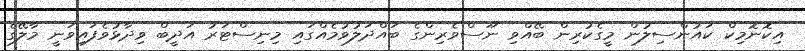
އިކޮނޮމިކް ކައުންސިލުން މީގެކުރިން ބޭއްވި ނޫސްވެރިންގެ ބައްދަލުވުމެއްގައި މިނިސްޓަރު އަދީބް ވިދާޅުވެފައިވަނީ މާލޭގެ